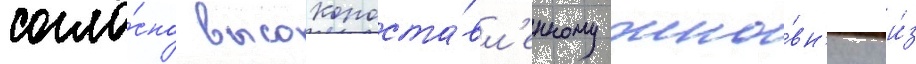
согла́сно высокопоста́вл'енному чино́вн'ику и́з